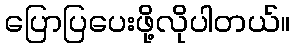
ပြောပြပေးဖို့လိုပါတယ်။